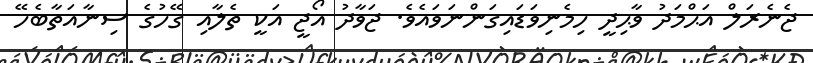
ޖެނެރަލް އަޙްމަދު ވާޙިދީ ހިމެނިވަޑައިގަންނަވައެވެ. ޖަވާދު އޯޖީ އަކީ ތެލާއި ގޭހުގެ ސިނާއަތާބެހޭ